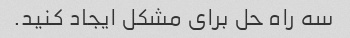
سه راه حل برای مشکل ایجاد کنید.